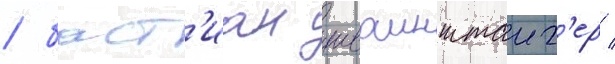
/ баст'иан шваинштаиг'ер /